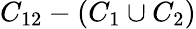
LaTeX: C_{12}-(C_{1}\cup C_{2})